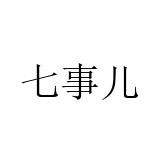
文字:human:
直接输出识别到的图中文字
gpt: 七事儿